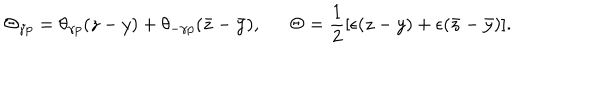
\Theta _ { \gamma p } = \theta _ { \gamma p } ( z - y ) + \theta _ { - \gamma p } ( \bar { z } - \bar { y } ) , \Theta = \frac { 1 } { 2 } [ \epsilon ( z - y ) + \epsilon ( \bar { z } - \bar { y } ) ] .